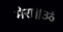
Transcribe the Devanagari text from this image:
मेरा॥ॐ